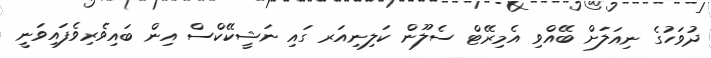
ދުވަހުގެ ނިއަލަށް ބޭއްވި އެމިރޭޓް ސެލޫން ކަލިނިއަރ ގައި ނަޝީކޭކްސް އިން ބައިވެރިވެފައިވަނީ